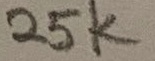
Text: 25K